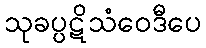
သုခပ္ပဋိသံဝေဒီပေ